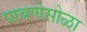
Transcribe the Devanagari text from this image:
पावणेसोळा